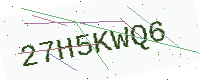
Text: 27H5KWQ6